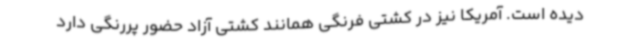
دیده است. آمریکا نیز در کشتی فرنگی همانند کشتی آزاد حضور پررنگی دارد